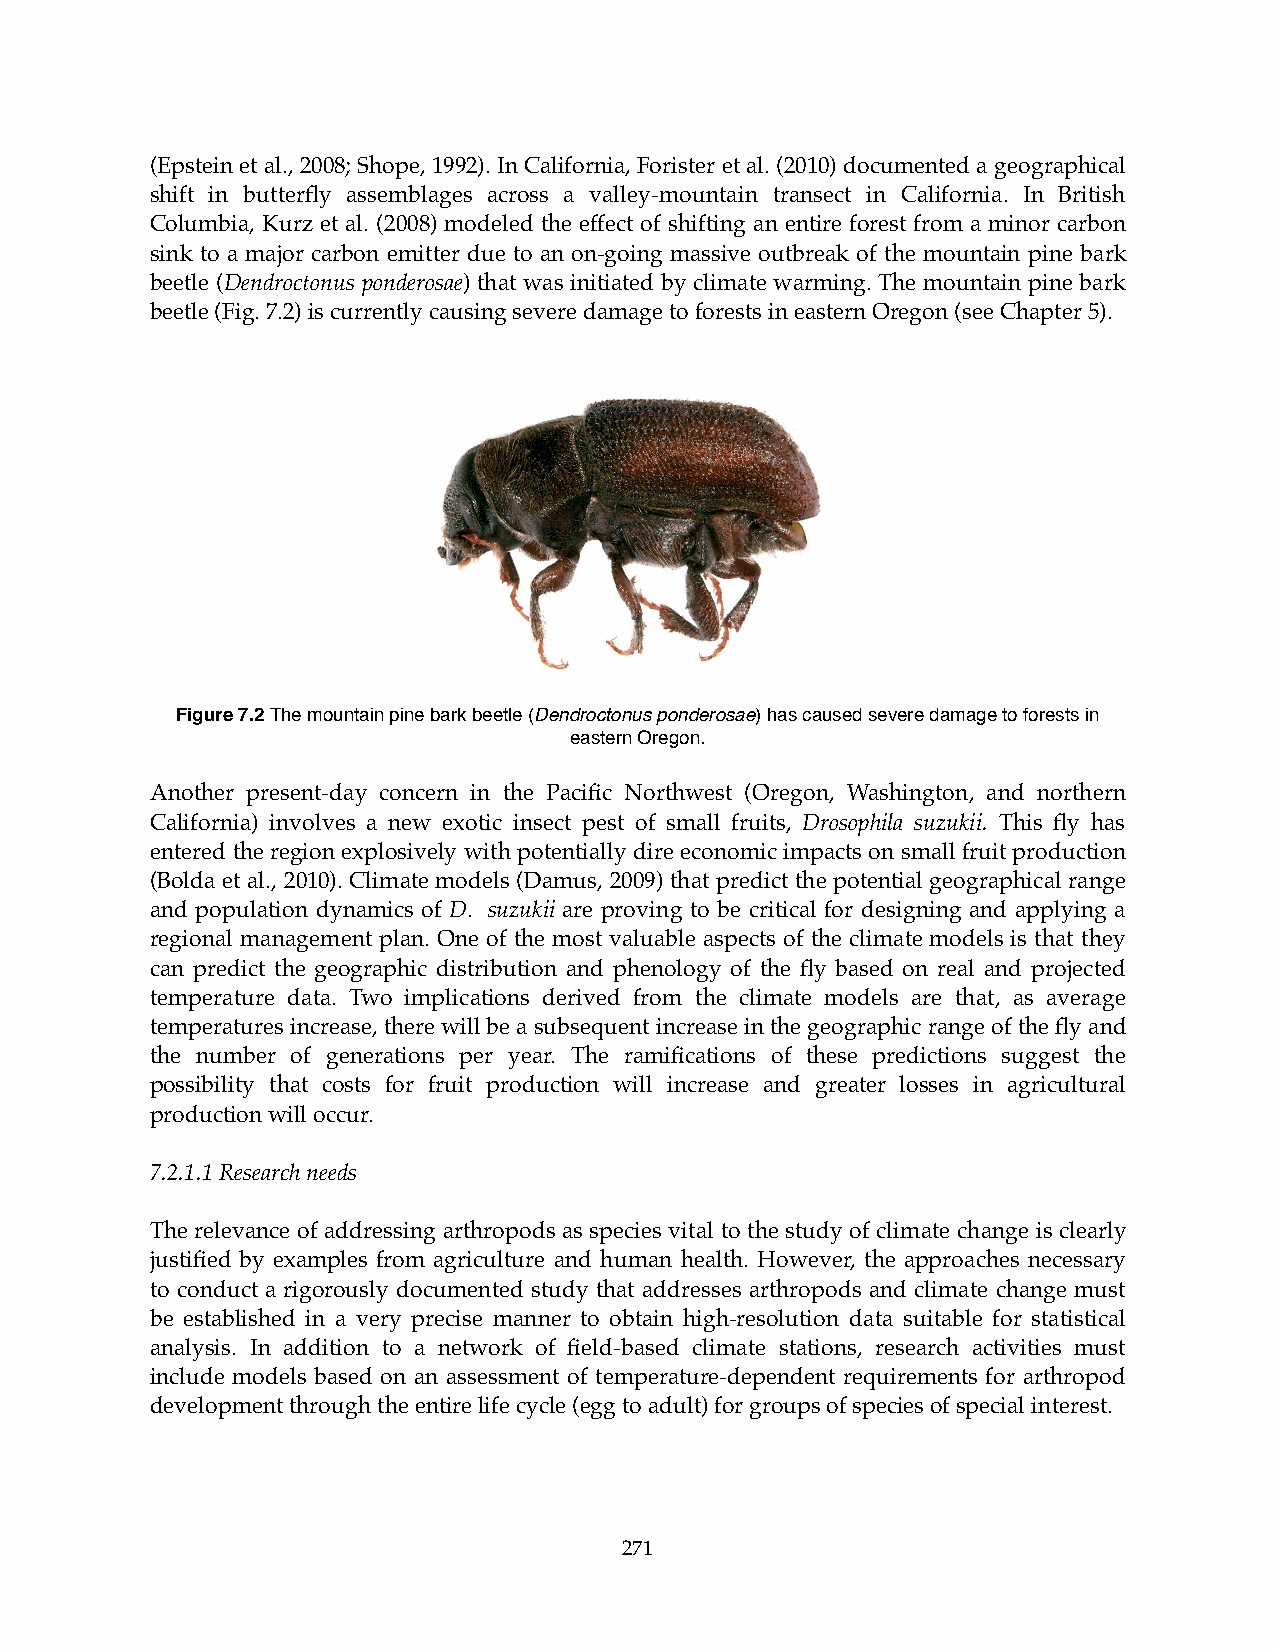
(Epstein et al., 2008; Shope, 1992). In California, Forister et al. (2010) documented a geographical
 shift in butterfly assemblages across a valley-mountain transect in California. In British
 Columbia, Kurz et al. (2008) modeled the effect of shifting an entire forest from a minor carbon
 sink to a major carbon emitter due to an on-going massive outbreak of the mountain pine bark
 beetle (Dendroctonus ponderosae) that was initiated by climate warming. The mountain pine bark
 beetle (Fig. 7.2) is currently causing severe damage to forests in eastern Oregon (see Chapter 5).
 Figure 7.2 The mountain pine bark beetle (Dendroctonus ponderosae) has caused severe damage to forests in
 eastern Oregon.
 Another present-day concern in the Pacific Northwest (Oregon, Washington, and northern
 California) involves a new exotic insect pest of small fruits, Drosophila suzukii. This fly has
 entered the region explosively with potentially dire economic impacts on small fruit production
 (Bolda et al., 2010). Climate models (Damus, 2009) that predict the potential geographical range
 and population dynamics of D. suzukii are proving to be critical for designing and applying a
 regional management plan. One of the most valuable aspects of the climate models is that they
 can predict the geographic distribution and phenology of the fly based on real and projected
 temperature data. Two implications derived from the climate models are that, as average
 temperatures increase, there will be a subsequent increase in the geographic range of the fly and
 the number of generations per year. The ramifications of these predictions suggest the
 possibility that costs for fruit production will increase and greater losses in agricultural
 production will occur.
 7.2.1.1 Research needs
 The relevance of addressing arthropods as species vital to the study of climate change is clearly
 justified by examples from agriculture and human health. However, the approaches necessary
 to conduct a rigorously documented study that addresses arthropods and climate change must
 be established in a very precise manner to obtain high-resolution data suitable for statistical
 analysis. In addition to a network of field-based climate stations, research activities must
 include models based on an assessment of temperature-dependent requirements for arthropod
 development through the entire life cycle (egg to adult) for groups of species of special interest.
 271